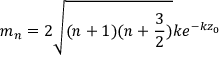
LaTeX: m _ { n } = 2 \sqrt { ( n + 1 ) ( n + \frac { 3 } { 2 } ) } k e ^ { - k z _ { 0 } }